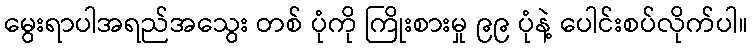
မွေးရာပါအရည်အသွေး တစ် ပုံကို ကြိုးစားမှု ၉၉ ပုံနဲ့ ပေါင်းစပ်လိုက်ပါ။